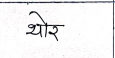
मजकूर: थोर